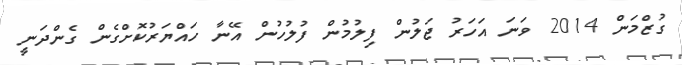
ގުޒްމަން 2014 ވަނަ އަހަރު ޖަލުން ފިލުމުން ފުލުހުން އޭނާ ހައްޔަރުކޮށްގެން ގެންދަނީ